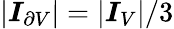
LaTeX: \lvert\boldsymbol{I}_{\partial V}\rvert=\lvert\boldsymbol{I}_{V}\rvert/3